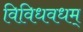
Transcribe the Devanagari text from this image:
विविधवधम्